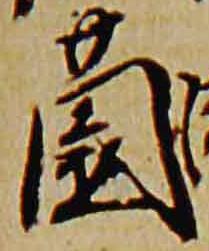
薗